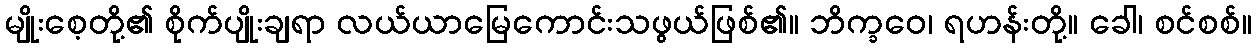
မျိုးစေ့တို့၏ စိုက်ပျိုးချရာ လယ်ယာမြေကောင်းသဖွယ်ဖြစ်၏။ ဘိက္ခဝေ၊ ရဟန်းတို့။ ခေါ၊ စင်စစ်။